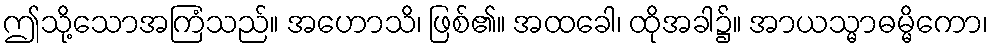
ဤသို့သောအကြံသည်။ အဟောသိ၊ ဖြစ်၏။ အထခေါ၊ ထိုအခါ၌။ အာယသ္မာဓမ္မိကော၊